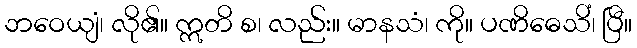
ဘဝေယျံ၊ လို၏။ ဣတိ စ၊ လည်း။ မာနသံ၊ ကို။ ပဏိဓေသိံ၊ ပြီ။